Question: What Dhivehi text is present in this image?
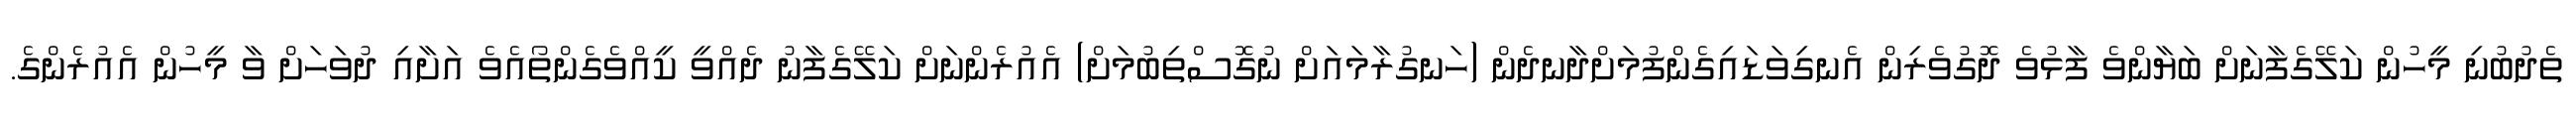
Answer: ތެދުބުނި މީހުން ކަލޭގެފާނަށް ބަޔާންވެ ފާޅުވެ ދޮގުވެރިން އެނގިވަޑައިގެންފުމަށްދާނދެން (ހަނގުރާމައަށް ނުގޮސްތިބުމަށް) އެއުރެންނަށް ކަލޭގެފާނު ދެއްވީ ކީއްވެގެންތޯއެވެ އަށާއި ދުވަހަށް ވާ މީހުން އެއުރެންގެ.